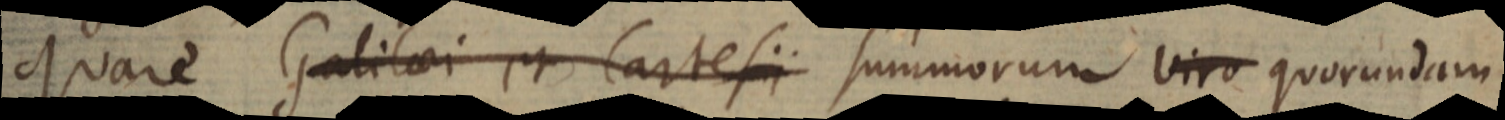
Quare Galilaei et Cartesii summorum viro quorundam